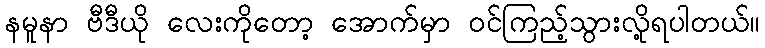
နမူနာ ဗီဒီယို လေးကိုတော့ အောက်မှာ ဝင်ကြည့်သွားလို့ရပါတယ်။